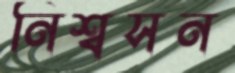
নিশ্বসন